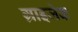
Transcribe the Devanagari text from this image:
ग्राइजेक